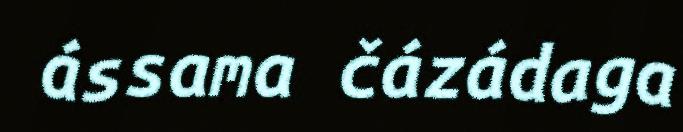
ássama čázádaga